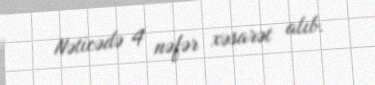
Nəticədə 4 nəfər xəsarət alıb.